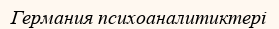
Германия психоаналитиктері